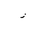
Letter: _zay